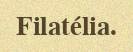
Filatélia.